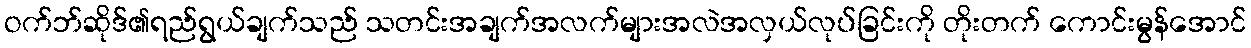
ဝက်ဘ်ဆိုဒ်၏ရည်ရွယ်ချက်သည် သတင်းအချက်အလက်များအလဲအလှယ်လုပ်ခြင်းကို တိုးတက် ကောင်းမွန်အောင်